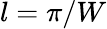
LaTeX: l=\pi/W